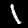
Digit: 1